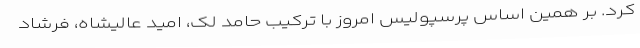
کرد. بر همین اساس پرسپولیس امروز با ترکیب حامد لک، امید عالیشاه، فرشاد